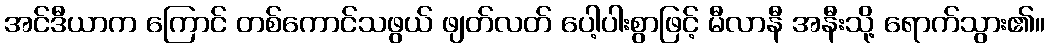
အင်ဒီယာက ကြောင် တစ်ကောင်သဖွယ် ဖျတ်လတ် ပေါ့ပါးစွာဖြင့် မီလာနီ အနီးသို့ ရောက်သွား၏။